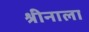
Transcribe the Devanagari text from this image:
श्रीनाला